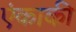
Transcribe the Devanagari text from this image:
एंकाकी